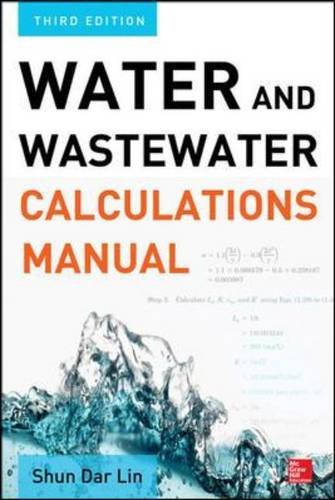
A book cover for Water and Wastewater Calculations Manual, Third Edition; Shun Dar Lin; Science & Math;